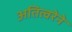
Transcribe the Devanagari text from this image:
अतित्वरेने